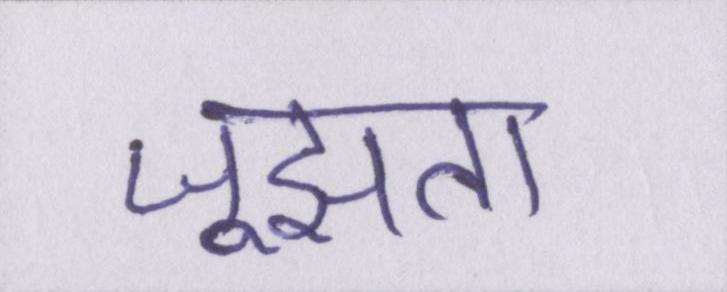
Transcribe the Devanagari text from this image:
जूझता